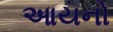
આયનો